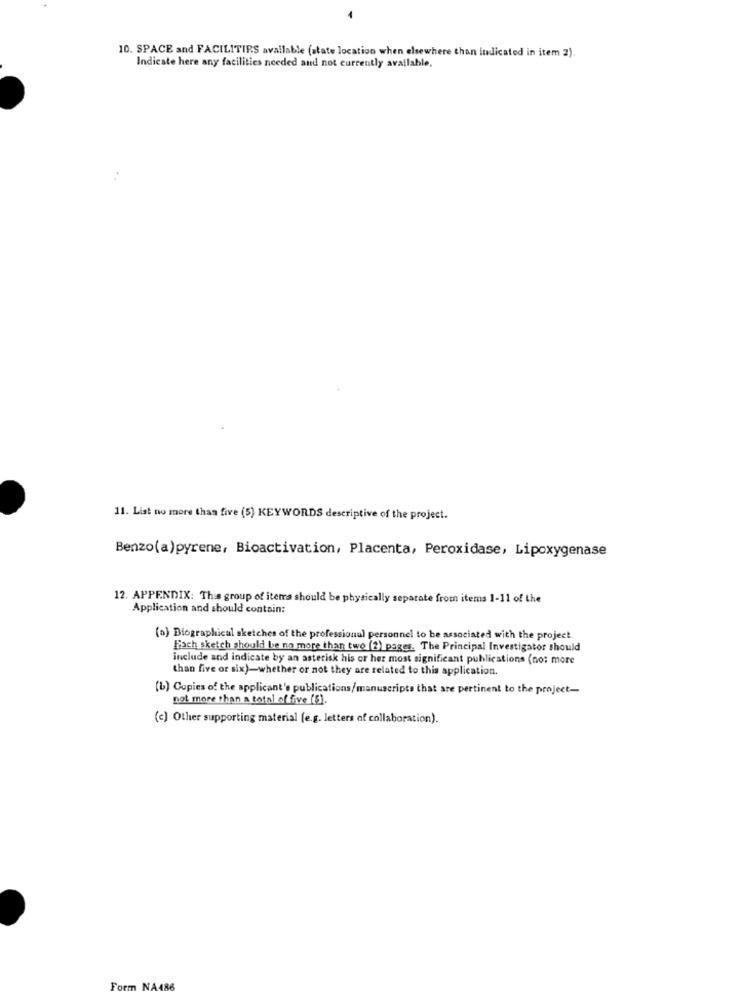
10. SPACE and FACILITIES available (state location when elsewhere than indicated in item 2).
Indicate here any facilities needed and not currently available,
11. List no more than five (5) KEYWORDS descriptive of the project.
Benzo(a)pyrene, Bicactivation, Placenta, Peroxidase, Lipoxygenase
12. APPENDIX: This group of items should be physically separate from items 1-11 of the
Application and should contain:
(a) Biographical sketches of the professional personnel to be associated with the project.
Fach sketch should be no more than two (2) pages. The Principal Investigator should
include and indicate by an asterisk his or her most significant publications (no: more
than five or six)-whether or not they are related to this application.
(b) Copies of the applicant's publications/manuscripts that are pertinent to the project-
not more than a total of five [5].
(c) Other supporting material (e.g. letters of collaboration).
Form NA486